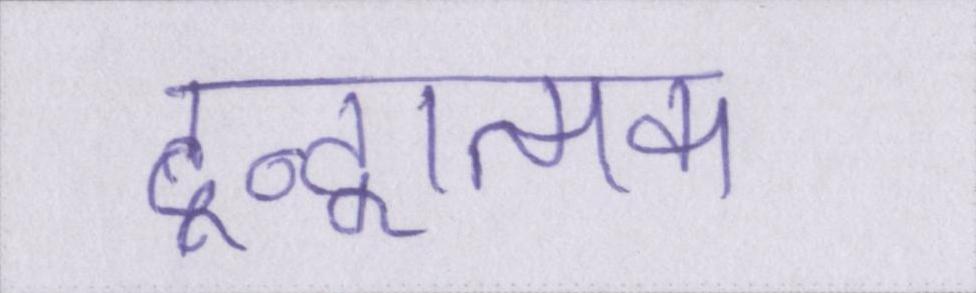
द्वन्द्वात्मक